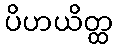
ပိဟယိတ္ထ